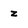
Character: z